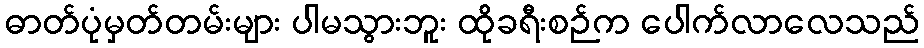
ဓာတ်ပုံမှတ်တမ်းများ ပါမသွားဘူး ထိုခရီးစဉ်က ပေါက်လာလေသည်